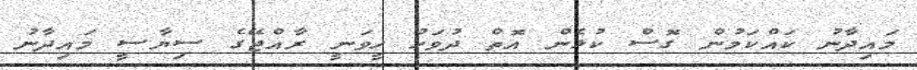
މައިދާނު ކައްކަމުން ގޮސް ކުޅެން އޮތް ދުވަހު ހީވަނީ ރާއްޖޭގެ ސިޔާސީ މައިދާނު